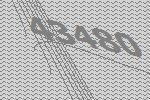
43480